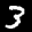
Label: 3